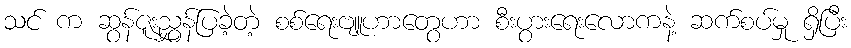
သင် က ဆွန်ဇူးညွှန်ပြခဲ့တဲ့ စစ်ရေးဗျူဟာတွေဟာ စီးပွားရေးလောကနဲ့ ဆက်စပ်မှု ရှိပြီး